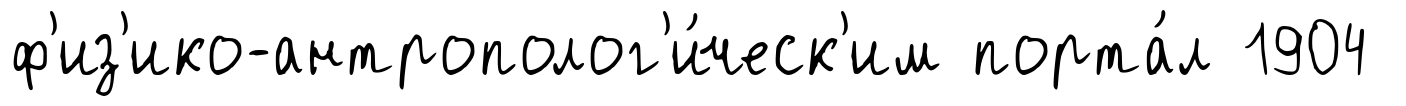
ф'из'ико-антрополог'и́ческ'им порта́л 1904